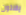
يفلتون